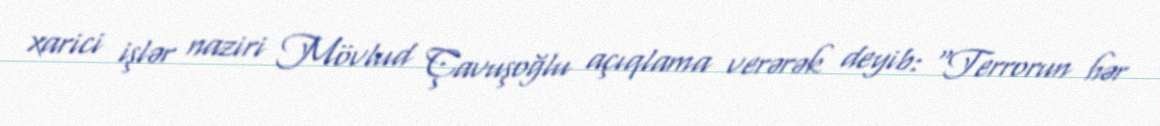
xarici işlər naziri Mövlud Çavuşoğlu açıqlama verərək deyib: “Terrorun hər